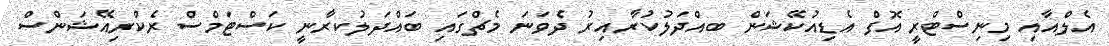
އެލްއާއި މިނިސްޓްރީ އޮފް އެޑިއުކޭޝަން ބއްދަލުކުރާއިރު ދެވަނަ މެޗްގައި ބައްދަލުކރާނީ ކަސްޓަމްސް ރެކްރިއޭޝަންސް